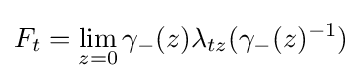
\displaystyle F_{t}=\lim _{z=0}\gamma _{-}(z)\lambda _{tz}(\gamma _{-}(z)^{-1})